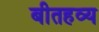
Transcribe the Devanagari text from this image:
बीतहव्य